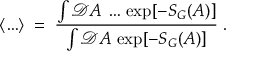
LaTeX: \langle \ldots \rangle \; = \; \frac { \int { \mathcal D } A \, \ldots \, \exp [ - S _ { G } ( A ) ] } { \int { \mathcal D } A \, \exp [ - S _ { G } ( A ) ] } \; .